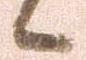
々